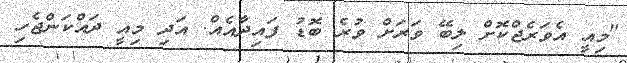
"މިއީ އެވަރެޖްކޮށް ލިބޭ ވަރަށް ވުރެ ބޮޑު ފައިދާއެއް. އަދި މިއީ ދައްކަންޖެހި